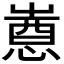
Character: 𫵯